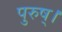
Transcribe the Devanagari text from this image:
पुरुष्।